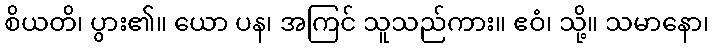
စိယတိ၊ ပွား၏။ ယော ပန၊ အကြင် သူသည်ကား။ ဧဝံ၊ သို့။ သမာနော၊